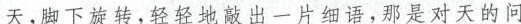
天，脚下旋转，轻轻地敲出一片细语，那是对天的问